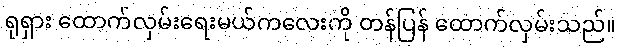
ရုရှား ထောက်လှမ်းရေးမယ်ကလေးကို တန်ပြန် ထောက်လှမ်းသည်။